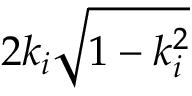
2 k _ { i } \sqrt { 1 - k _ { i } ^ { 2 } }